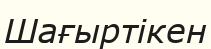
Шағыртікен